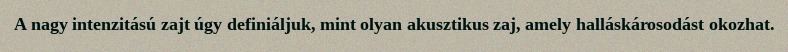
A nagy intenzitású zajt úgy definiáljuk, mint olyan akusztikus zaj, amely halláskárosodást okozhat.